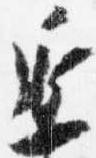
延